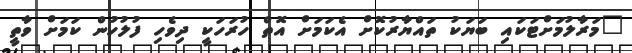
"މަރާލުމަށްޓަކައި ބަޔަކު ތައްޔާރުކޮށް އެކަމަށް އޮތް ހުރަހަކީ ދިވެހި ފުލުހުން ކަމަށް ވާތީ